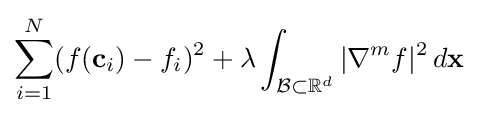
\sum _{i=1}^{N}(f(\mathbf {c} _{i})-f_{i})^{2}+\lambda \int _{{\mathcal {B}}\subset \mathbb {R} ^{d}}|\nabla ^{m}f|^{2}\,d\mathbf {x}